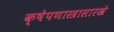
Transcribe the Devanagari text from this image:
क्षेपणास्त्रासारखे